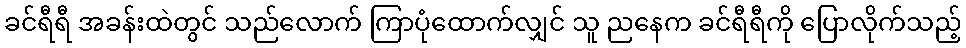
ခင်ရီရီ အခန်းထဲတွင် သည်လောက် ကြာပုံထောက်လျှင် သူ ညနေက ခင်ရီရီကို ပြောလိုက်သည့်